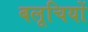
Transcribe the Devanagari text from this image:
बलूचियों